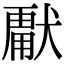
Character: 𭸣